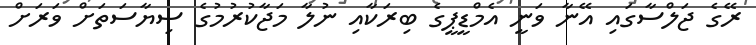
ރޭގެ ޖަލްސާގައި އޭނާ ވަނީ އެމްޑީޕީގެ ބިރަކާއި ނުލާ މަޖާކުރުމުގެ ސިޔާސަތަށް ވަރަށް